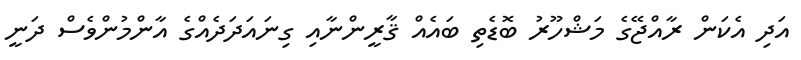
އަދި އެކަން ރާއްޖޭގެ މަޝްހޫރު ބޮޑެތި ބައެއް ޤާރީންނާއި ގިނައަދަދެއްގެ އާންމުންވެސް ދަނީ